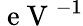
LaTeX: \mathrm{~e~V~}^{-1}